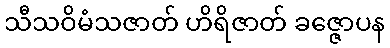
သီသဝိမံသဇာတ် ဟိရိဇာတ် ခဇ္ဇောပန